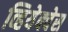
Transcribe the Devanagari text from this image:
व्हियेक्वेस